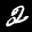
Label: 2